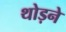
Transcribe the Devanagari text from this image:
थोड़ने